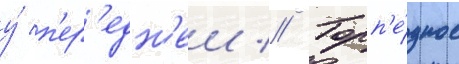
у́ п'ер'едн'еи // Торп'е́дное